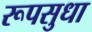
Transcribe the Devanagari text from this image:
रूपसुधा